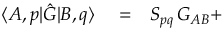
\begin{array} { r l r } { \langle A , p | \hat { G } | B , q \rangle } & { { } = } & { S _ { p q } \, G _ { A B } + } \end{array}